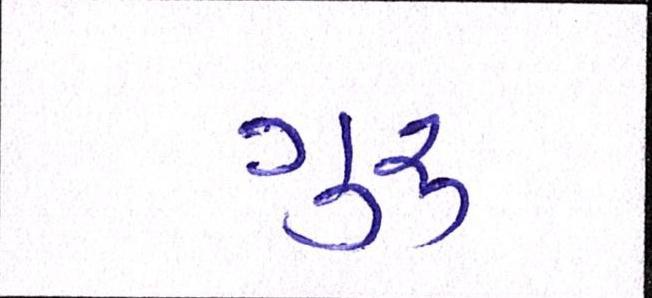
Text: ગુરૃ